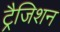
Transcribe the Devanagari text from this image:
ट्रैजिशन